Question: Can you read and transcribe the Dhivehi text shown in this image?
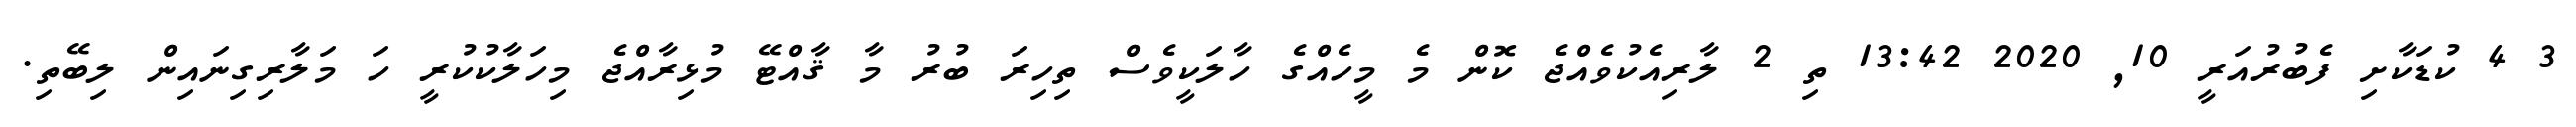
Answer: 3 4 ކުޑަކާށި ފެބުރުއަރީ 10, 2020 13:42 ތި 2 ލާރިއެކުވެއްޖެ ކޮން މެ މީހެއްގެ ހާލަކީވެސް ތިހިރަ ބުރު މާ ޤާއްޓޭ މުޅިރާއްޖެ މިހަލާކުކުރީ ހަ މަލާރިގިނައިން ލިބޭތި.